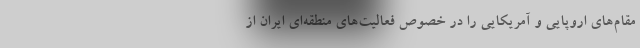
مقام‌های اروپایی و آمریکایی را در خصوص فعالیت‌های منطقه‌ای ایران از